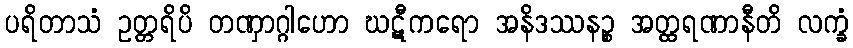
ပရိတာသံ ဥတ္တရိပိ တဏှာဂ္ဂါဟော ဃဋီကရော အနိဒဿနဉ္စ အတ္ထရဏာနီတိ လက္ခံ